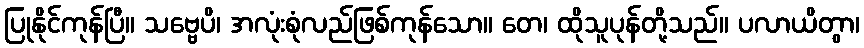
ပြုနိုင်ကုန်ပြီ။ သဗ္ဗေပိ၊ အလုံးစုံလည်ဖြစ်ကုန်သော။ တေ၊ ထိုသူပုန်တို့သည်။ ပလာယိတွာ၊